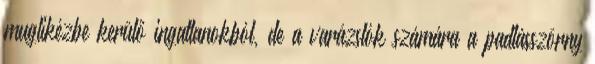
muglikézbe kerülő ingatlanokból, de a varázslók számára a padlásszörny